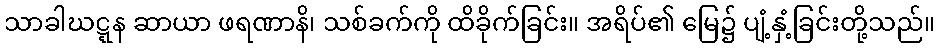
သာခါဃဋ္ဋန ဆာယာ ဖရဏာနိ၊ သစ်ခက်ကို ထိခိုက်ခြင်း။ အရိပ်၏ မြေ၌ ပျံ့နှံ့ခြင်းတို့သည်။